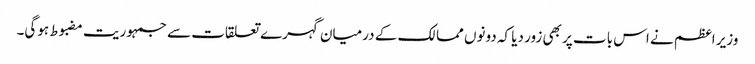
وزیر اعظم نے اس بات پر بھی زور دیا کہ دونوں ممالک کے درمیان گہرے تعلقات سے جمہوریت مضبوط ہوگی۔